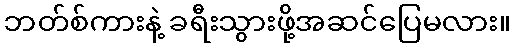
ဘတ်စ်ကားနဲ့ ခရီးသွားဖို့အဆင်ပြေမလား။